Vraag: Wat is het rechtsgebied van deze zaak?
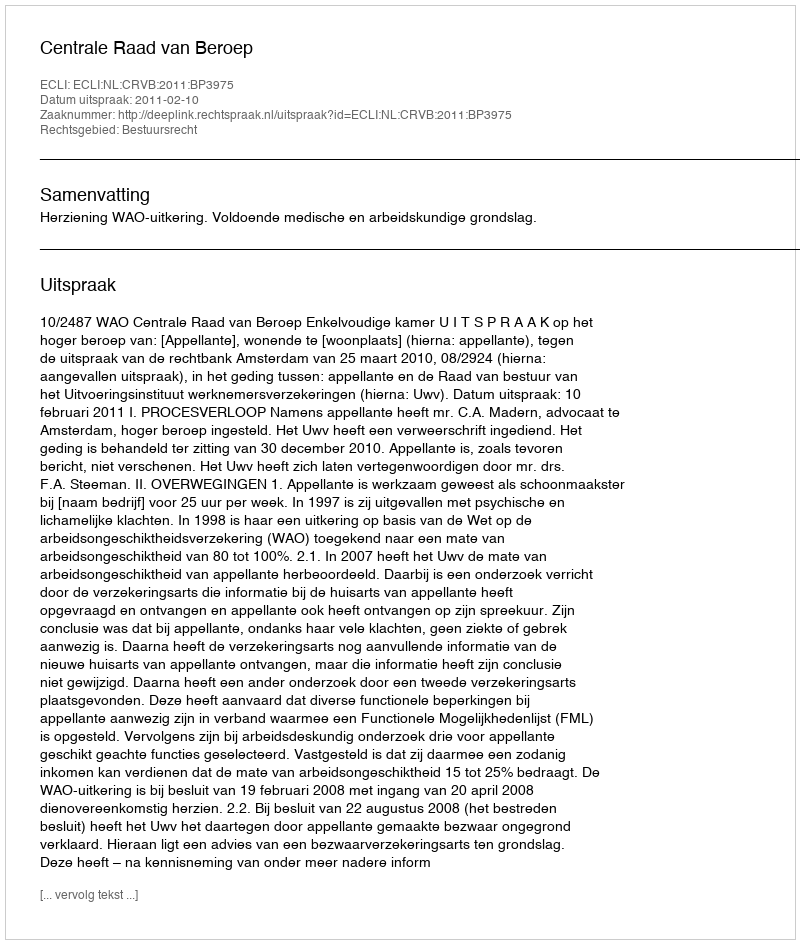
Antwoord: Bestuursrecht